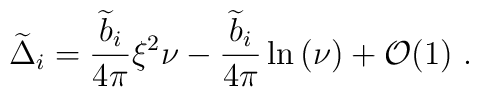
{\widetilde \Delta}_i={{\widetilde b}_i\over 4\pi}\xi^2\nu- {{\widetilde b}_i\over 4\pi}\ln\left(\nu\right)+{\cal O}(1)~.